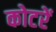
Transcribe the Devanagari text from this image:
कोटरें